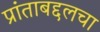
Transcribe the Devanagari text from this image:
प्रांताबद्दलचा